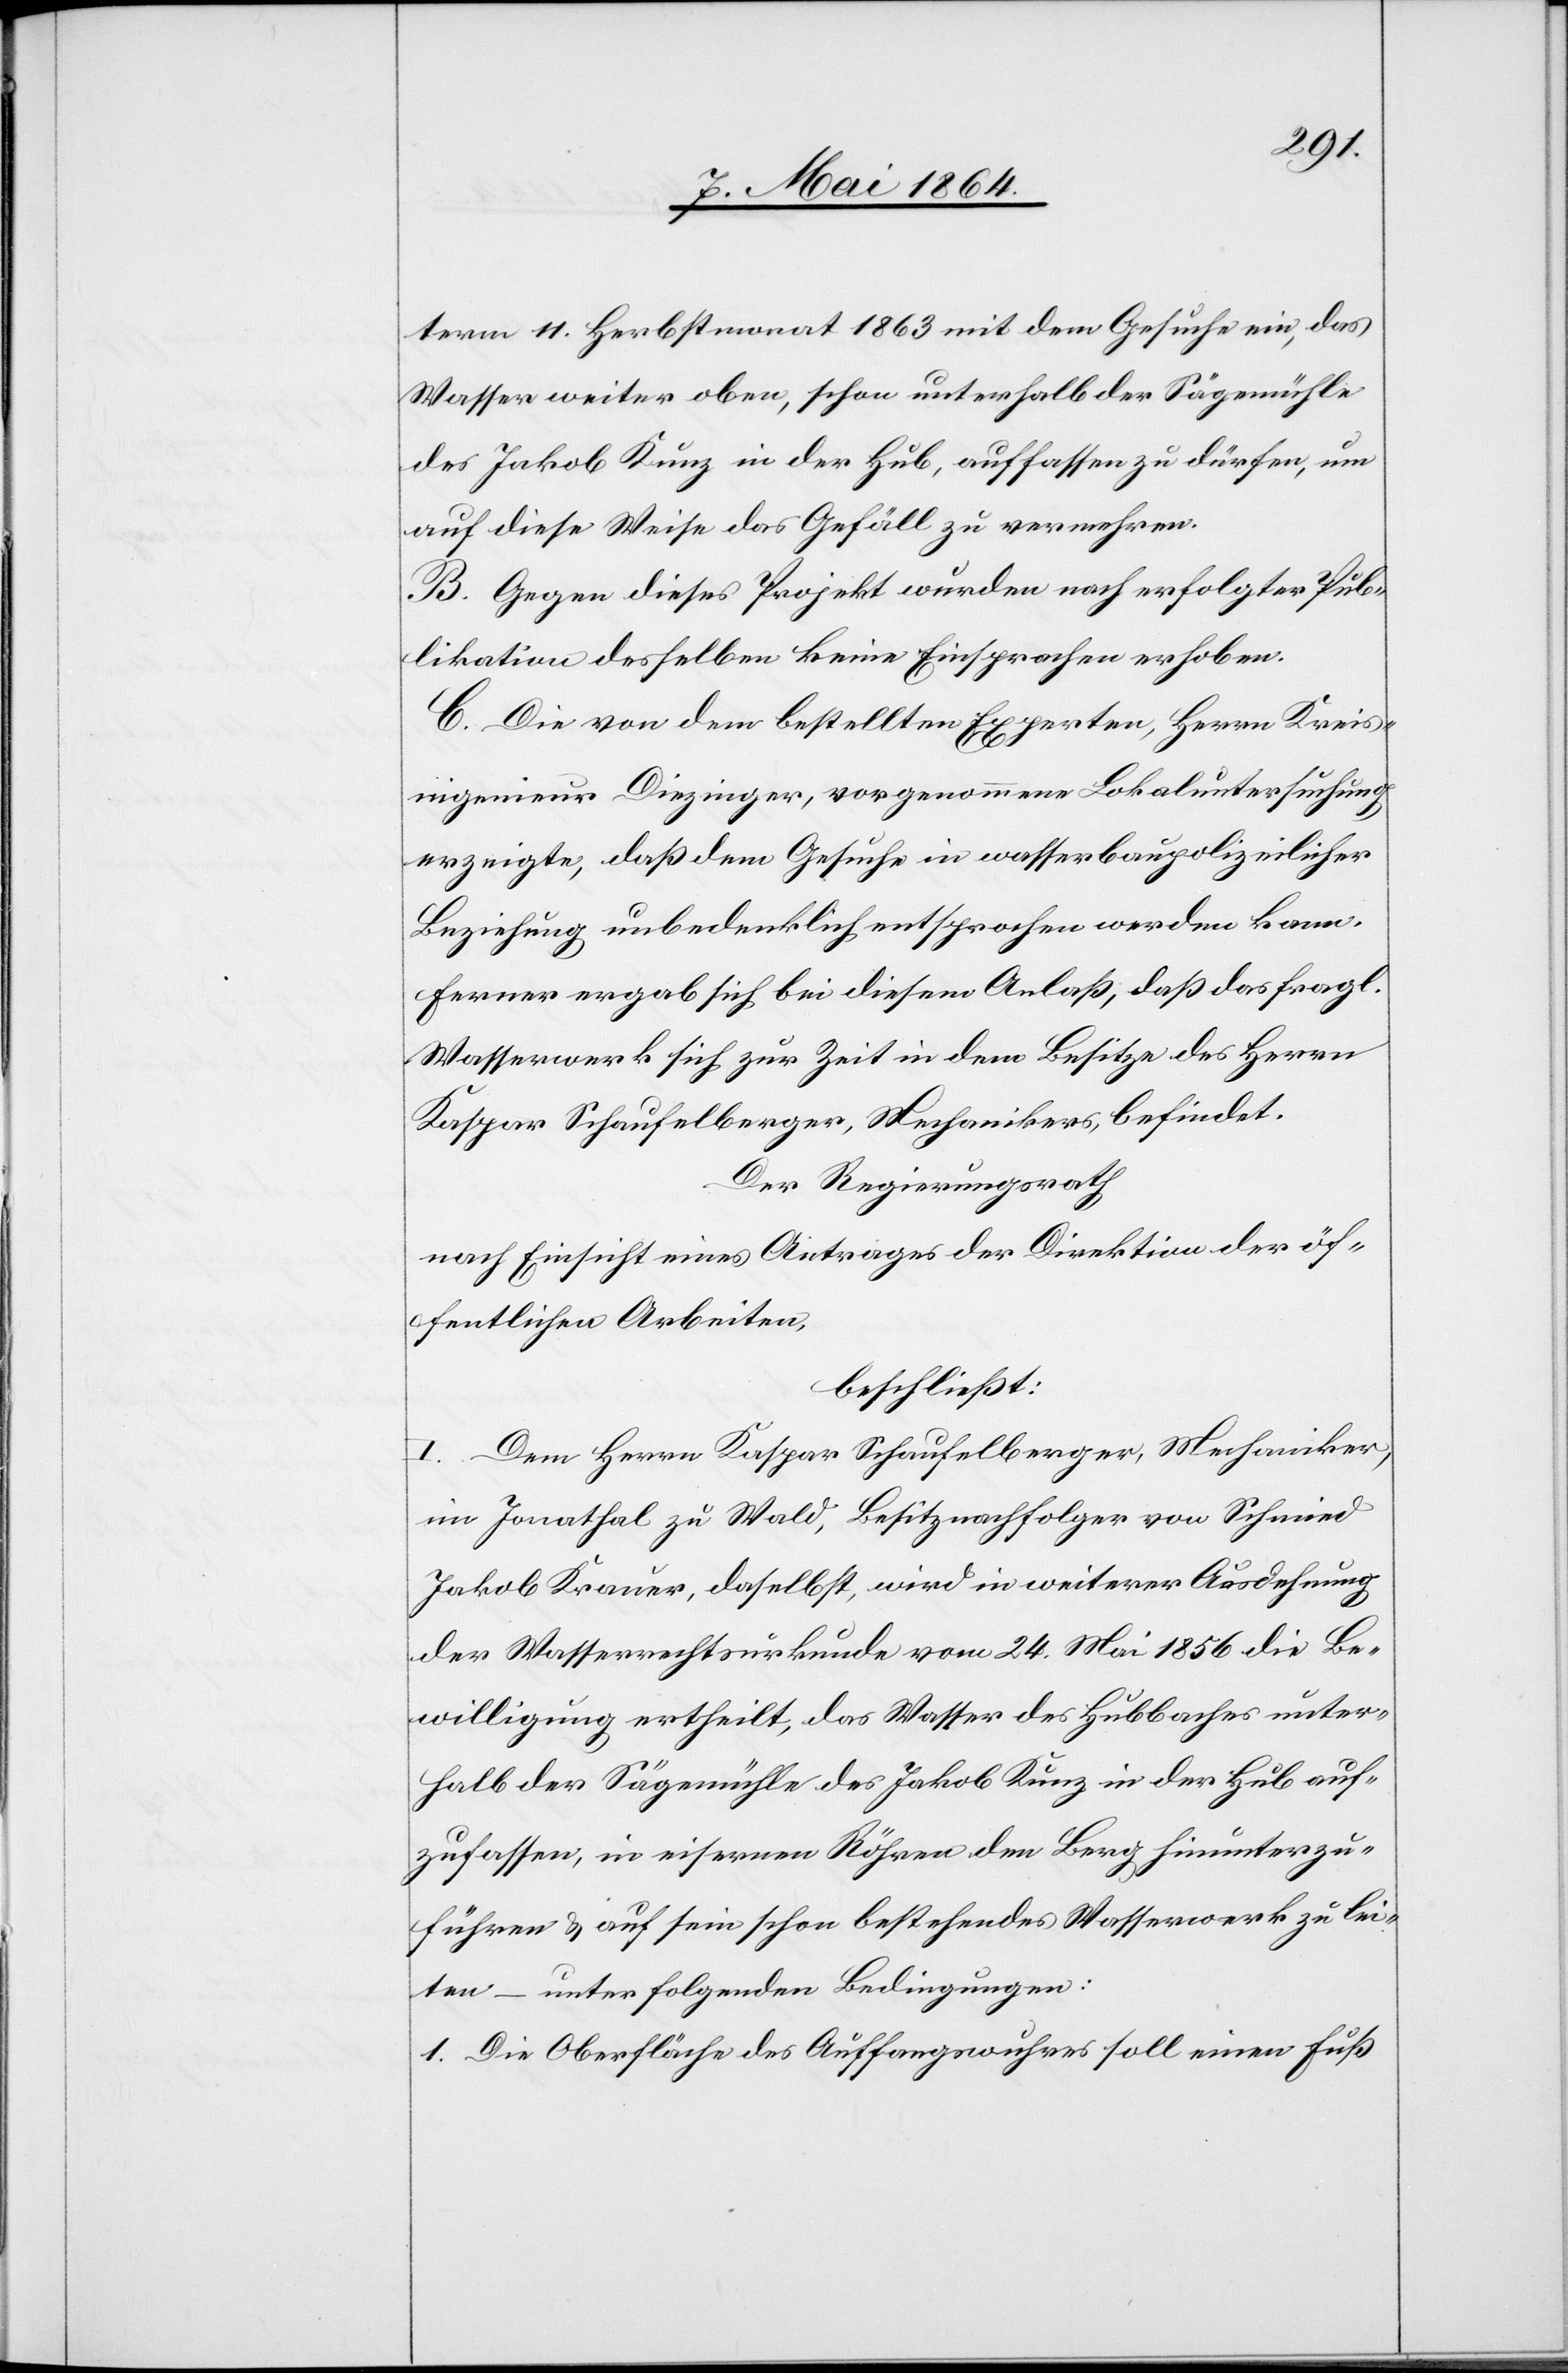
term 11. Herbstmonat 1863 mit dem Gesuche ein, das
Wasser weiter oben, schon unterhalb der Sägemühle
des Jakob Kunz in der Hub, auffassen zu dürfen, um
auf diese Weise das Gefäll zu vermehren.
B. Gegen dieses Projekt wurden nach erfolgter Pub¬
likation desselben keine Einsprachen erhoben.
C. Die von dem bestellten Experten, Herrn Kreis¬
ingenieur Diezinger, vorgenommene Lokaluntersuchung
erzeigte, daß dem Gesuche in wasserbaupolizeilicher
Beziehung unbedenklich entsprochen werden kann.
Ferner ergab sich bei diesem Anlaß, daß das fragl.
Wasserwerk sich zur Zeit in dem Besitze des Herrn
Kaspar Schaufelberger, Mechanikers, befindet.
Der Regierungsrath
nach Einsicht eines Antrages der Direktion der öf¬
fentlichen Arbeiten,
beschließt:
I. Dem Herrn Kaspar Schaufelberger, Mechaniker,
im Jonathal zu Wald, Besitznachfolger von Schmied
Jakob Krauer, daselbst, wird in weiterer Ausdehnung
der Wasserrechtsurkunde vom 24. Mai 1856 die Be¬
willigung ertheilt, das Wasser des Hubbaches unter¬
halb der Sägemühle des Jakob Kunz in de Hub auf¬
zufassen, in eisernen Röhren den Berg hinunterzu¬
führen u. auf sein schon bestehendes Wasserwerk zu lei¬
ten – unter folgenden Bedingungen:
1. Die Oberfläche des Auffangwuhres soll einen Fuß